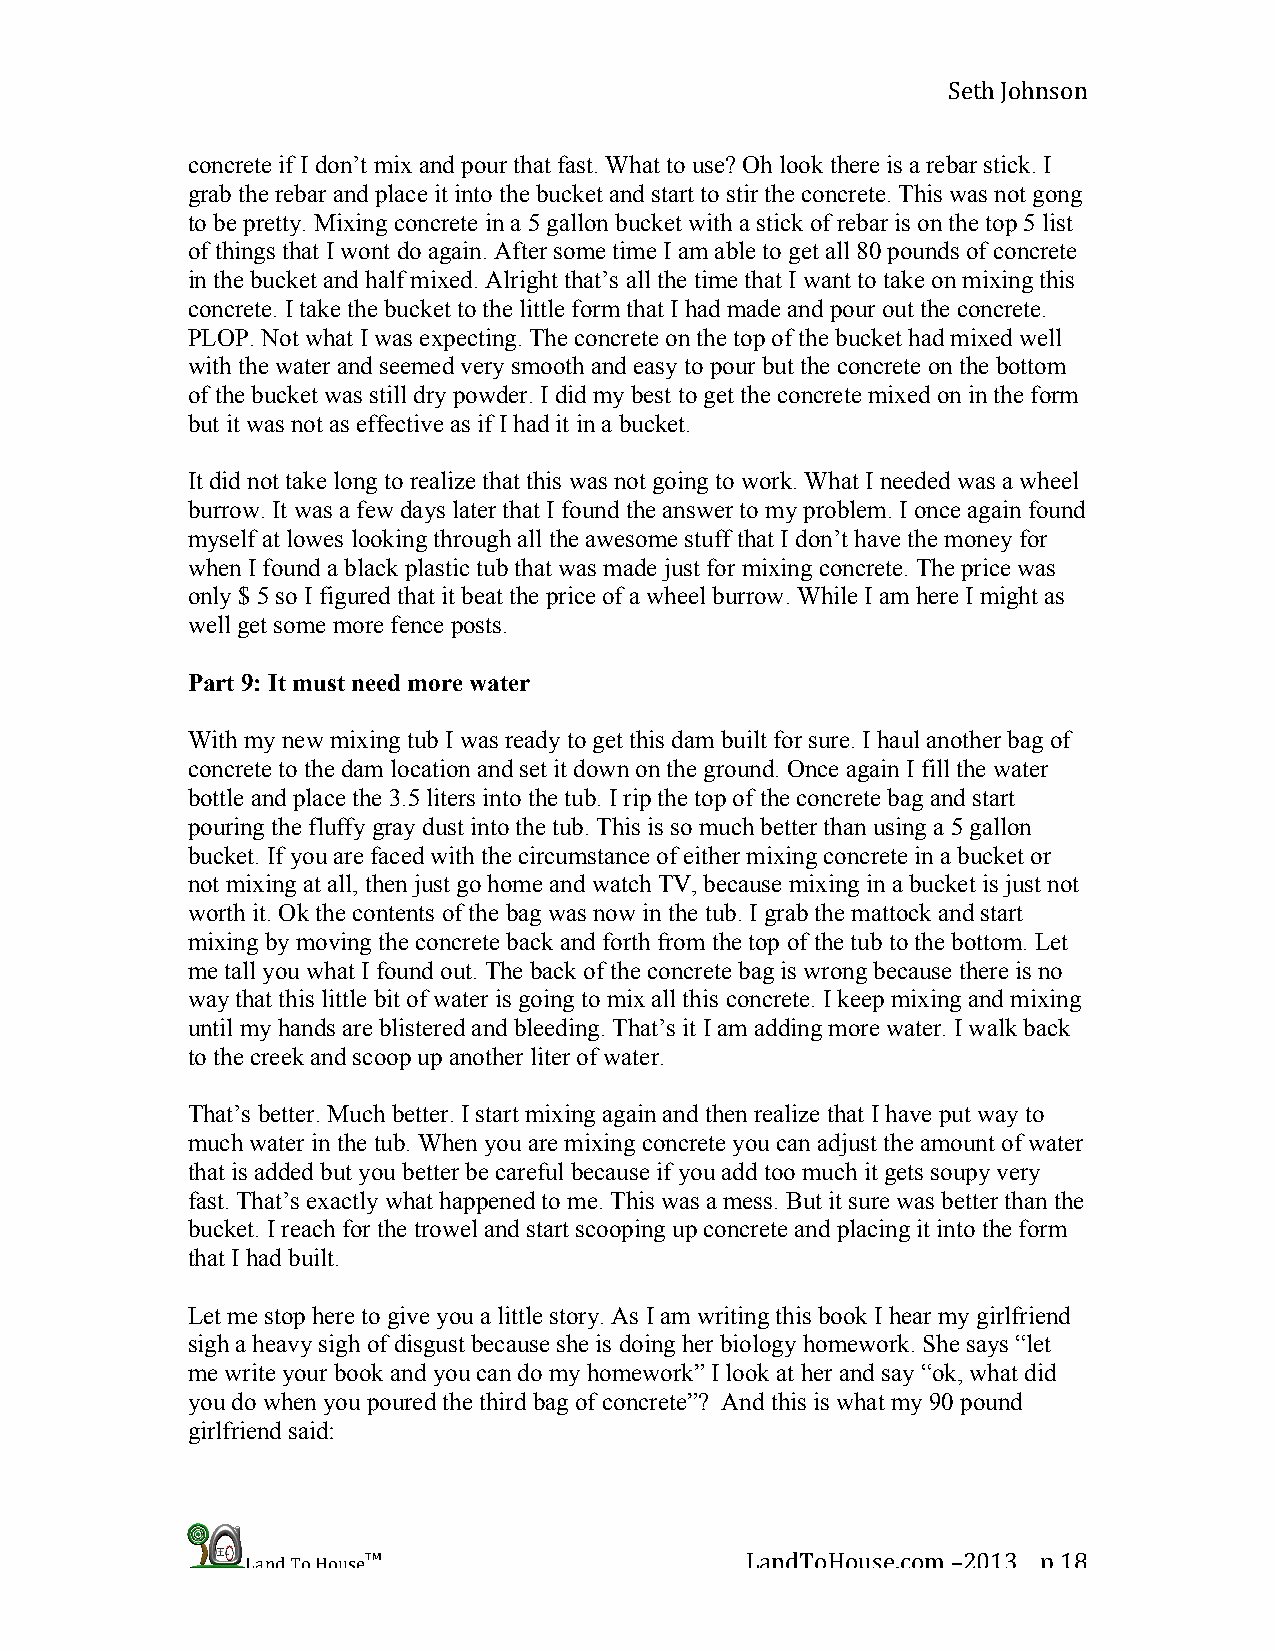
Seth Johnson
 concrete if I don’t mix and pour that fast. What to use? Oh look there is a rebar stick. I
 grab the rebar and place it into the bucket and start to stir the concrete. This was not gong
 to be pretty. Mixing concrete in a 5 gallon bucket with a stick of rebar is on the top 5 list
 of things that I wont do again. After some time I am able to get all 80 pounds of concrete
 in the bucket and half mixed. Alright that’s all the time that I want to take on mixing this
 concrete. I take the bucket to the little form that I had made and pour out the concrete.
 PLOP. Not what I was expecting. The concrete on the top of the bucket had mixed well
 with the water and seemed very smooth and easy to pour but the concrete on the bottom
 of the bucket was still dry powder. I did my best to get the concrete mixed on in the form
 but it was not as effective as if I had it in a bucket.
 It did not take long to realize that this was not going to work. What I needed was a wheel
 burrow. It was a few days later that I found the answer to my problem. I once again found
 myself at lowes looking through all the awesome stuff that I don’t have the money for
 when I found a black plastic tub that was made just for mixing concrete. The price was
 only $ 5 so I figured that it beat the price of a wheel burrow. While I am here I might as
 well get some more fence posts.
 Part 9: It must need more water
 With my new mixing tub I was ready to get this dam built for sure. I haul another bag of
 concrete to the dam location and set it down on the ground. Once again I fill the water
 bottle and place the 3.5 liters into the tub. I rip the top of the concrete bag and start
 pouring the fluffy gray dust into the tub. This is so much better than using a 5 gallon
 bucket. If you are faced with the circumstance of either mixing concrete in a bucket or
 not mixing at all, then just go home and watch TV, because mixing in a bucket is just not
 worth it. Ok the contents of the bag was now in the tub. I grab the mattock and start
 mixing by moving the concrete back and forth from the top of the tub to the bottom. Let
 me tall you what I found out. The back of the concrete bag is wrong because there is no
 way that this little bit of water is going to mix all this concrete. I keep mixing and mixing
 until my hands are blistered and bleeding. That’s it I am adding more water. I walk back
 to the creek and scoop up another liter of water.
 That’s better. Much better. I start mixing again and then realize that I have put way to
 much water in the tub. When you are mixing concrete you can adjust the amount of water
 that is added but you better be careful because if you add too much it gets soupy very
 fast. That’s exactly what happened to me. This was a mess. But it sure was better than the
 bucket. I reach for the trowel and start scooping up concrete and placing it into the form
 that I had built.
 Let me stop here to give you a little story. As I am writing this book I hear my girlfriend
 sigh a heavy sigh of disgust because she is doing her biology homework. She says “let
 me write your book and you can do my homework” I look at her and say “ok, what did
 you do when you poured the third bag of concrete”? And this is what my 90 pound
 girlfriend said:
 Land To House™                   LandToHouse.com –2013 p 18